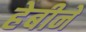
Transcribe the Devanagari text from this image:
हेबीने